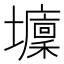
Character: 𡓔